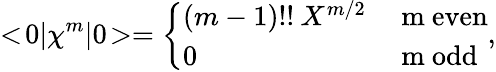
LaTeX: <\! 0|\chi^{m}|0\! >=\left\{ \begin{array}{ll}{{(m-1)!!\: X^{m/2}}}&{{\mathrm{~m~even}}}\\ {{0}}&{{\mathrm{~m~odd}}}\end{array}\right.,